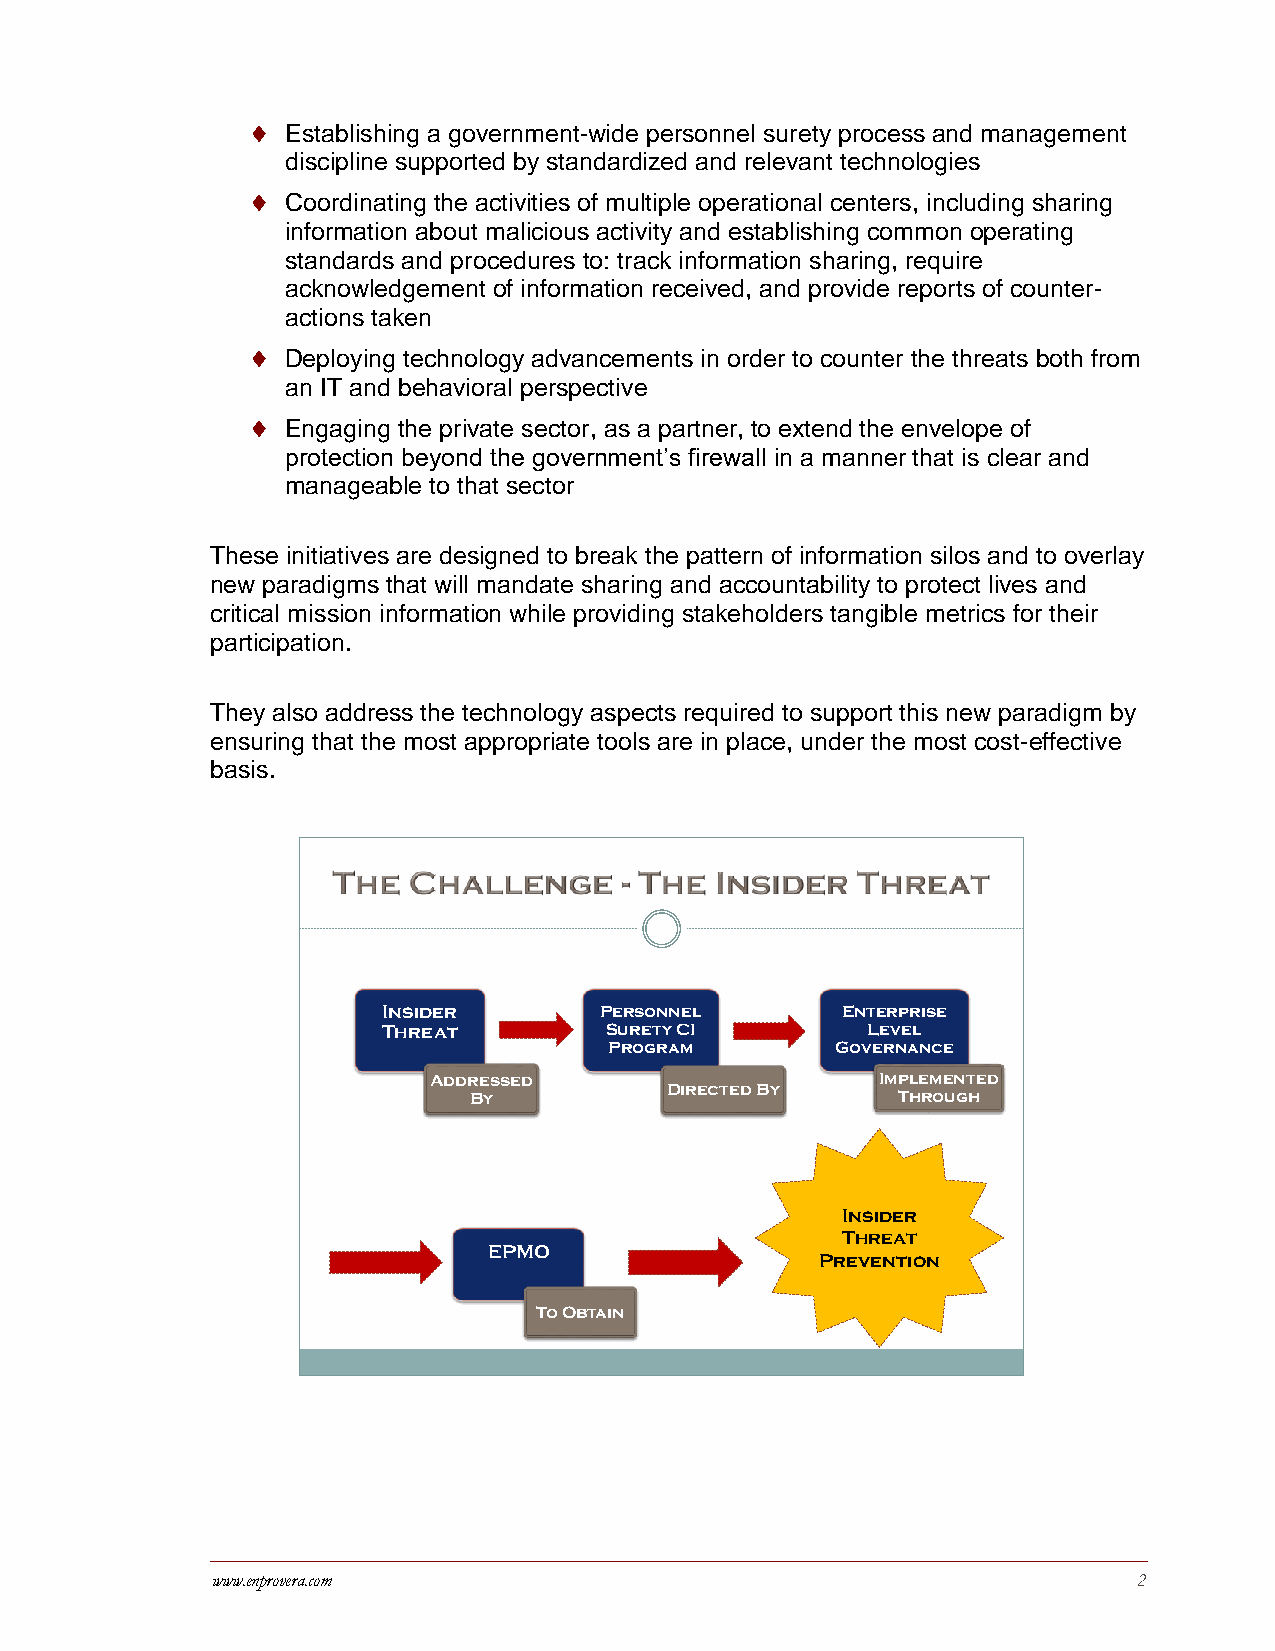
  Establishing a government-wide personnel surety process and management
 discipline supported by standardized and relevant technologies
   Coordinating the activities of multiple operational centers, including sharing
 information about malicious activity and establishing common operating
 standards and procedures to: track information sharing, require
 acknowledgement of information received, and provide reports of counter-
 actions taken
   Deploying technology advancements in order to counter the threats both from
 an IT and behavioral perspective
   Engaging the private sector, as a partner, to extend the envelope of
 protection beyond the government’s firewall in a manner that is clear and
 manageable to that sector
 These initiatives are designed to break the pattern of information silos and to overlay
 new paradigms that will mandate sharing and accountability to protect lives and
 critical mission information while providing stakeholders tangible metrics for their
 participation.
 They also address the technology aspects required to support this new paradigm by
 ensuring that the most appropriate tools are in place, under the most cost-effective
 basis.
 Insider        Personnel       Enterprise
 Threat         Surety CI        Level
 Program        Governance
 Addressed                     Implemented
 Directed By
 By                          Through
 Insider
 Threat
 EPMO
 Prevention
 To Obtain
 www.enprovera.com                                            2